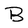
Character: B